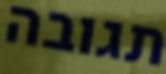
תגובה